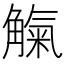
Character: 𧤟